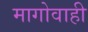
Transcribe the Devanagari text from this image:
मागोवाही